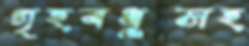
গৃহবধূসহ